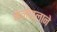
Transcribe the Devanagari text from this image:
मनोबलाने